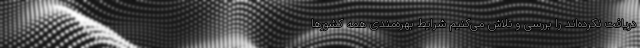
دریافت نکرده‌اند را بررسی و تلاش می‌کنیم شرایط بهره‌مندی همه کشورها